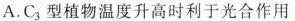
A.C_{3}型植物温度升高时利于光合作用